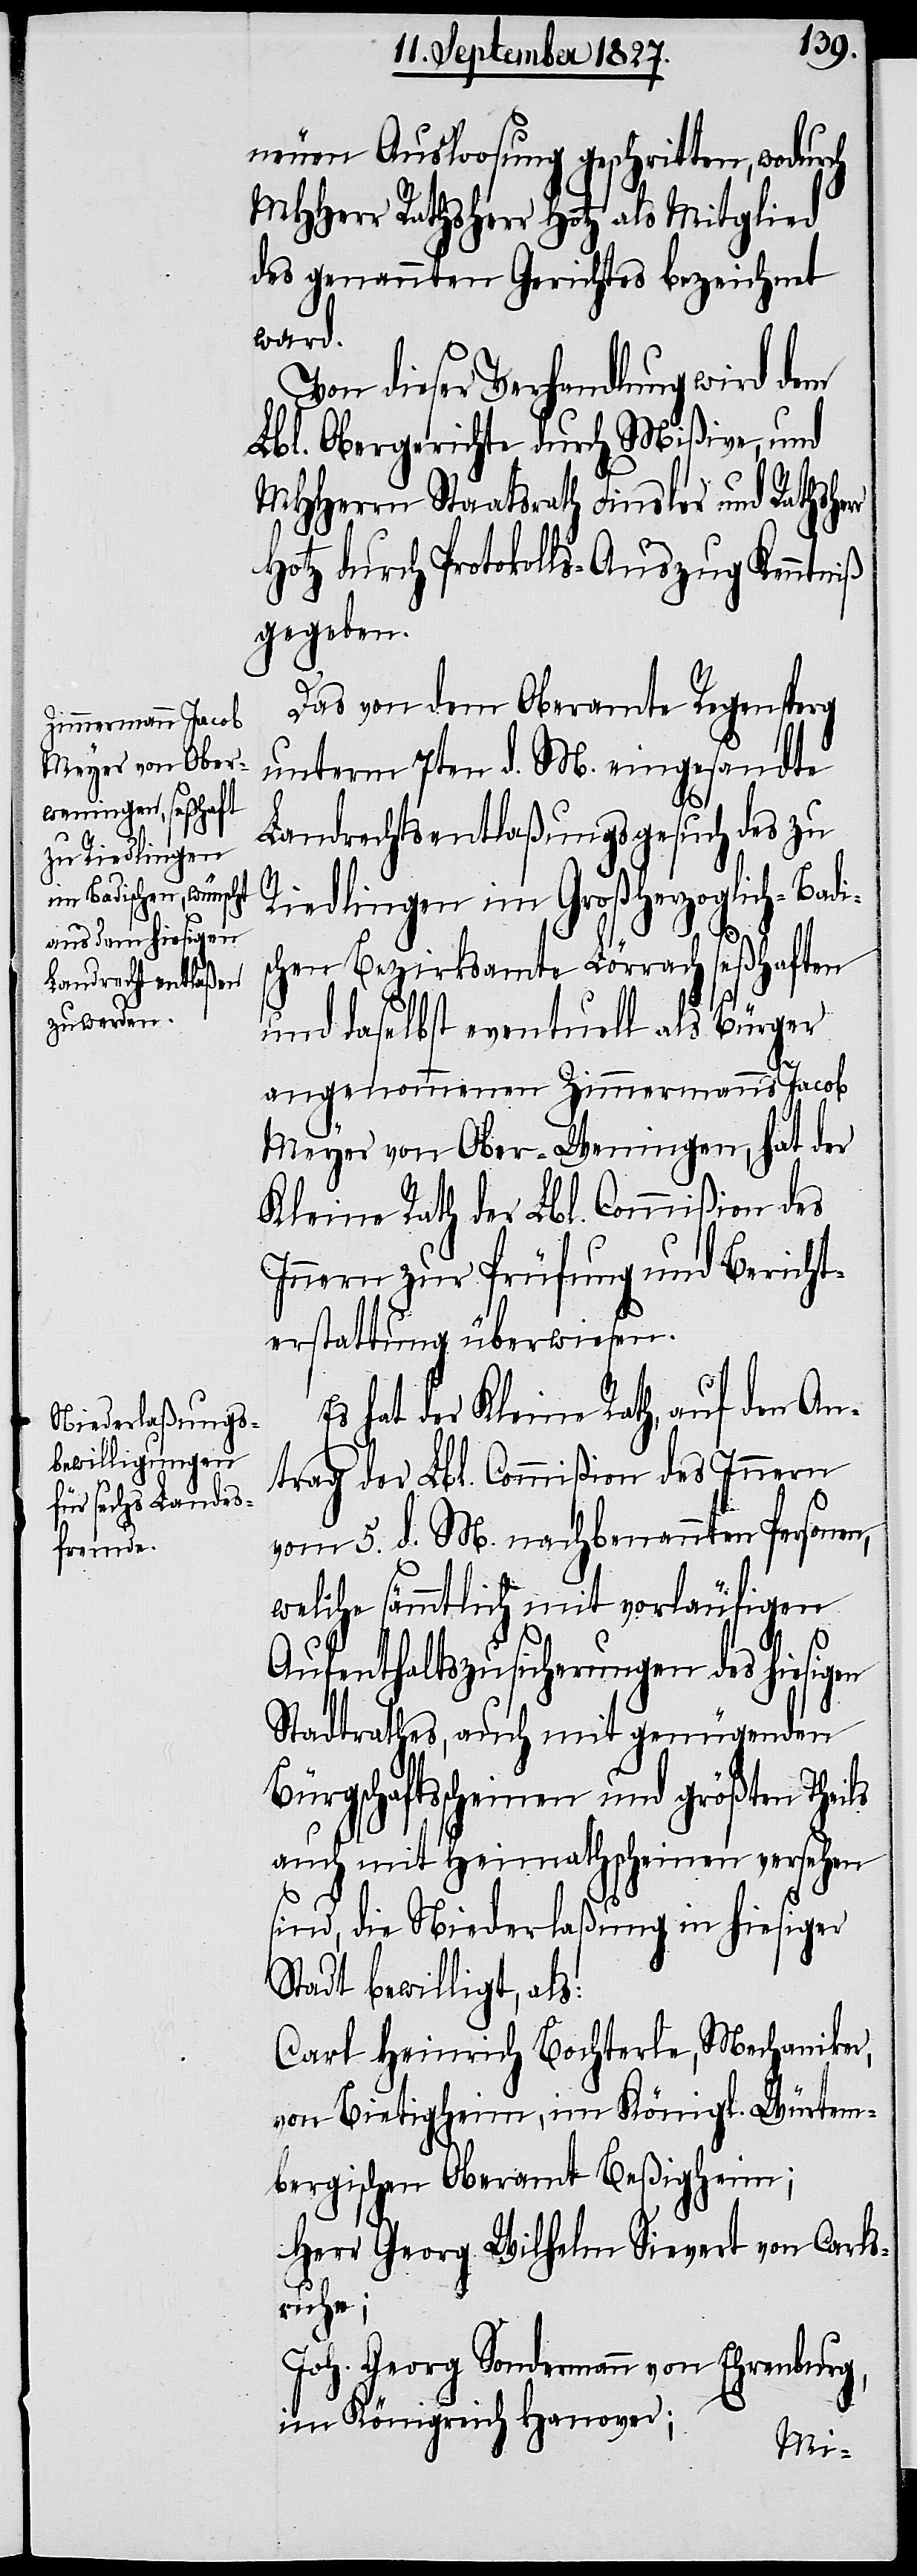
neuen Ausloosung geschritten, wodurch
MHHerr Rathsherr Hotz als Mitglied
des genannten Gerichtes bezeichnet
ward.
Von dieser Verhandlung wird dem
Lbl. Obergericht durch Mißive, und
MHHerrn Staatsrath Finsler und Rathshe¬
Hotz durch Protokolls-Auszug Kenntniß
gegeben.
Das von dem Oberamte Regensperg
unterm 7ten d. M. eingesandte
Landrechtsentlaßungsgesuch des zu
Riedlingen im Großherzoglich-Badi¬
schen Bezirksamte Lörrach seßhaften
und daselbst eventuell als Bürger
en
angenommenen Zimmermanns Jacob
Meyer von Ober-Weningen, hat der
Kleine Rath der Lbl. Commißion des
Innern zur Prüfung und Bericht¬
erstattung überwiesen.
Es hat der Kleine Rath, auf den An¬
trag der Lbl. Commißion des Innern
vom 5. d. M. nachbenannten Personen,
welche sämmtlich mit vorläufigen
Aufenthaltszusicherungen des hiesig¬
Stadtrathes, auch mit genügenden
Bürgschaftsscheinen und größten Theils
auch mit Heimathscheinen versehen
sind, die Niederlaßung in hiesiger
Stadt bewilligt, als:
Carl Heinrich Bochterle, Mechaniker,
von Bietigheim, im Königl. Würtem¬
bergischen Oberamt Beßigheim;
Herr Georg Wilhelm Sievert von Carls¬
ruhe;
Joh. Georg Sondermann von Ehrenburg,
im Königreich Hanover;